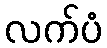
လက်ပံ